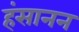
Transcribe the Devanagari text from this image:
हंसानन